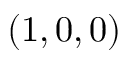
( 1 , 0 , 0 )